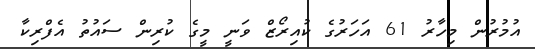
އުމުރުން މިހާރު 61 އަހަރުގެ ކުއިރޯޒް ވަނީ މީގެ ކުރިން ސައުތު އެފްރިކާ